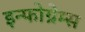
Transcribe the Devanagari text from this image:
इन्फोग्रेम्स